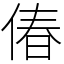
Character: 偆